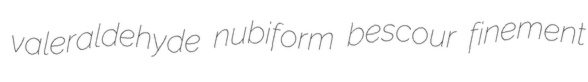
valeraldehyde nubiform bescour finement